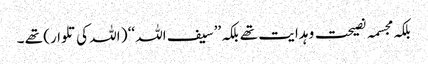
بلکہ مجسمہ نصیحت و ہدایت تھے بلکہ ’’سیف اللہ ‘‘ ( اللہ کی تلوار) تھے ۔